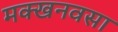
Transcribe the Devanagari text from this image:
मक्खनवसा